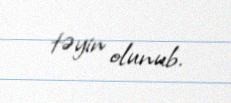
təyin olunub.